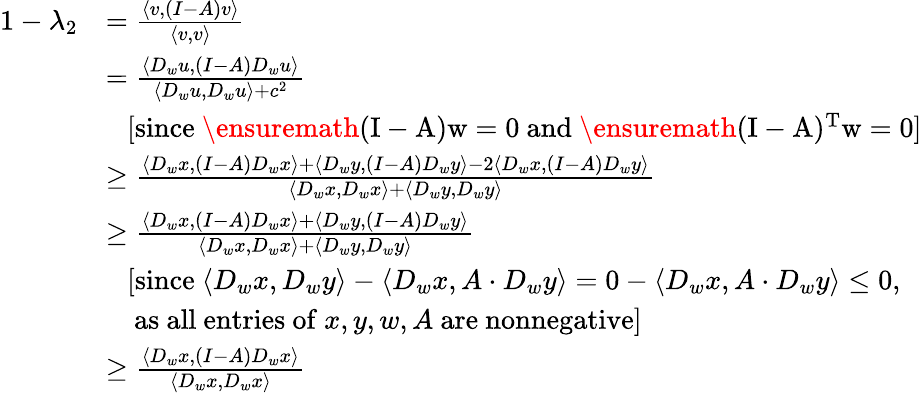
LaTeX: \begin{array}{rl}{1-\lambda_{2}}&{=\frac{\langle v,(I-A)v\rangle}{\langle v,v\rangle}}\\ &{=\frac{\langle D_{w}u,(I-A)D_{w}u\rangle}{\langle D_{w}u,D_{w}u\rangle+c^{2}}}\\ &{\ \ \ [\mathrm{since~\ensuremath{(I-A)w=0}~and~\ensuremath{(I-A)^{T}w=0}}]}\\ &{\geq\frac{\langle D_{w}x,(I-A)D_{w}x\rangle+\langle D_{w}y,(I-A)D_{w}y\rangle-2\langle D_{w}x,(I-A)D_{w}y\rangle}{\langle D_{w}x,D_{w}x\rangle+\langle D_{w}y,D_{w}y\rangle}}\\ &{\geq\frac{\langle D_{w}x,(I-A)D_{w}x\rangle+\langle D_{w}y,(I-A)D_{w}y\rangle}{\langle D_{w}x,D_{w}x\rangle+\langle D_{w}y,D_{w}y\rangle}}\\ &{\ \ \ [\mathrm{since~}\langle D_{w}x,D_{w}y\rangle-\langle D_{w}x,A\cdot D_{w}y\rangle=0-\langle D_{w}x,A\cdot D_{w}y\rangle\leq 0,}\\ &{\ \ \ \ \mathrm{as~all~entries~of~}x,y,w,A\mathrm{~are~nonnegative}]}\\ &{\geq\frac{\langle D_{w}x,(I-A)D_{w}x\rangle}{\langle D_{w}x,D_{w}x\rangle}}\end{array}